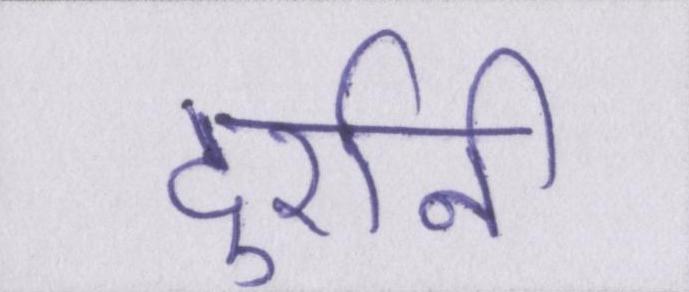
दुर्रानी